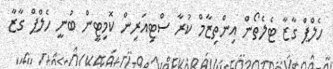
ހެލްޕް ގާޒާ ޓެލެތޯން އިންތިޒާމް ކުރާ ސްޓިއަރިން ކޮމިޓީން ބުނީ ހެލްޕް ގާޒާ